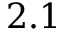
2 . 1